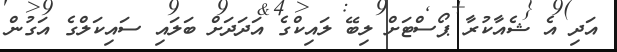
އަދި އެ ޝެއާކުރާ ޕޯސްޓަށް ލިބޭ ލައިކްގެ އަދަދަށް ބަލައި ސައިކަލްގެ އަގުން